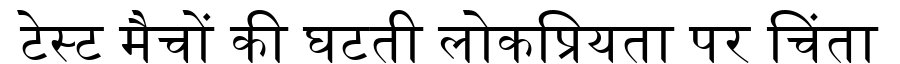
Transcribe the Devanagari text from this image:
टेस्ट मैचों की घटती लोकप्रियता पर चिंता